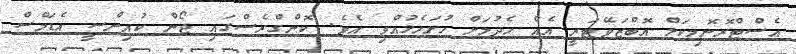
އެސްޓްރޮނޮމިކަލް އޮބްޒަވޭޓަރީ އެއް ހެދުމަށް ހުށަހެޅުއްވި އެވެ. ކޮންގްރެސްގައި ޖޯން ކުއިންސީ އެޑަމްސް